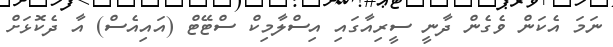
ނަމަ އެކަން ވެގެން ދާނީ ސީރިއާގައި އިސްލާމިކް ސްޓޭޓް (އައިއެސް) އާ ދެކޮޅަށް